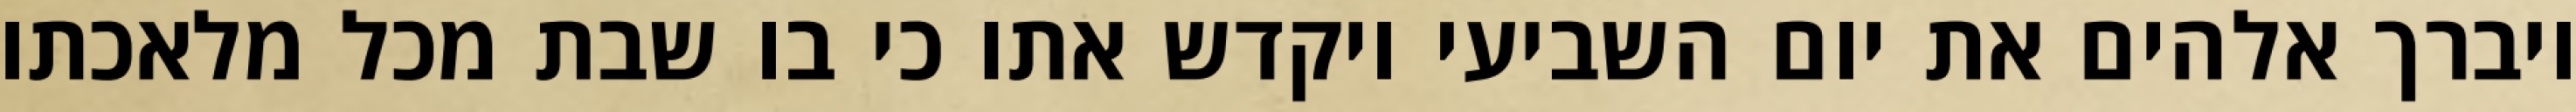
ויברך אלהים את יום השביעי ויקדש אתו כי בו שבת מכל מלאכתו